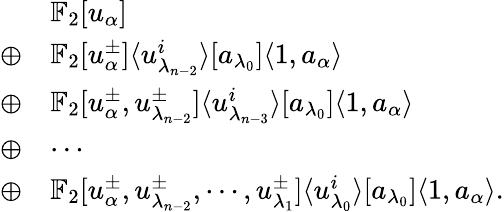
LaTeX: \begin{array}{rl}&{\mathbb{F}_{2}[u_{\alpha}]}\\ {\oplus}&{\mathbb{F}_{2}[u_{\alpha}^{\pm}]\langle u_{\lambda_{n-2}}^{i}\rangle[a_{\lambda_{0}}]\langle 1,a_{\alpha}\rangle}\\ {\oplus}&{\mathbb{F}_{2}[u_{\alpha}^{\pm},u_{\lambda_{n-2}}^{\pm}]\langle u_{\lambda_{n-3}}^{i}\rangle[a_{\lambda_{0}}]\langle 1,a_{\alpha}\rangle}\\ {\oplus}&{\cdots}\\ {\oplus}&{\mathbb{F}_{2}[u_{\alpha}^{\pm},u_{\lambda_{n-2}}^{\pm},\cdots,u_{\lambda_{1}}^{\pm}]\langle u_{\lambda_{0}}^{i}\rangle[a_{\lambda_{0}}]\langle 1,a_{\alpha}\rangle.}\end{array}